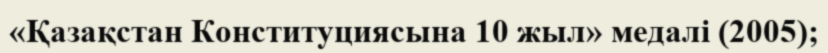
«Қазақстан Конституциясына 10 жыл» медалі (2005);